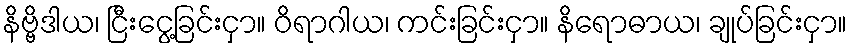
နိဗ္ဗိဒါယ၊ ငြီးငွေ့ခြင်းငှာ။ ဝိရာဂါယ၊ ကင်းခြင်းငှာ။ နိရောဓာယ၊ ချုပ်ခြင်းငှာ။